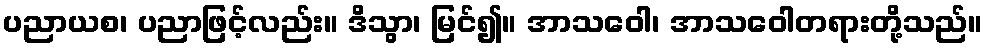
ပညာယစ၊ ပညာဖြင့်လည်း။ ဒိသွာ၊ မြင်၍။ အာသဝေါ၊ အာသဝေါတရားတို့သည်။